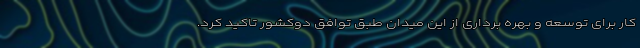
کار برای توسعه و بهره برداری از این میدان طبق توافق دوکشور تاکید کرد.